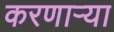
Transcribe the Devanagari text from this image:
करणाऱ्‍या